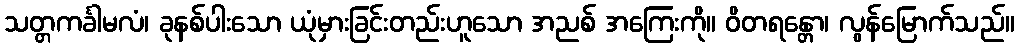
သတ္တကင်္ခါမလံ၊ ခုနစ်ပါးသော ယုံမှားခြင်းတည်းဟူသော အညစ် အကြေးကို။ ဝိတရန္တော၊ လွန်မြောက်သည်။